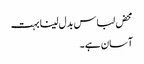
محض لباس بدل لینا بہت
آسان ہے۔